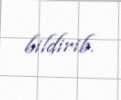
bildirib.